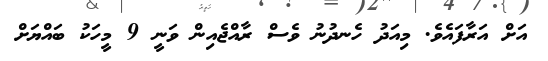
އަށް އަރާފައެވެ. މިއަދު ހެނދުނު ވެސް ރާއްޖެއިން ވަނީ 9 މީހަކު ބައްޔަށް